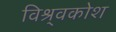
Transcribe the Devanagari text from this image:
विश्र्वकोश